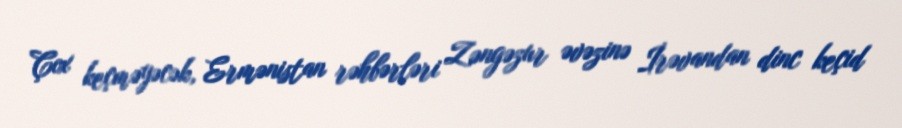
Çox keçməyəcək, Ermənistan rəhbərləri Zəngəzur əvəzinə İrəvandan dinc keçid